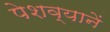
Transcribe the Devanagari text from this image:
पेशव्यानें